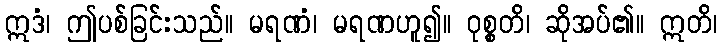
ဣဒံ၊ ဤပစ်ခြင်းသည်။ မရဏံ၊ မရဏဟူ၍။ ဝုစ္စတိ၊ ဆိုအပ်၏။ ဣတိ၊